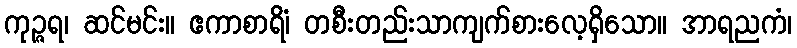
ကုဉ္ဇရ၊ ဆင်မင်း။ ဧကာစာရိံ၊ တစီးတည်းသာကျက်စားလေ့ရှိသော။ အာရညကံ၊